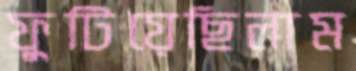
ফুটিয়েছিলাম